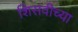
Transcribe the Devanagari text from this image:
शिसवीच्या